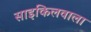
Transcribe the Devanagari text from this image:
साइकिलवाला